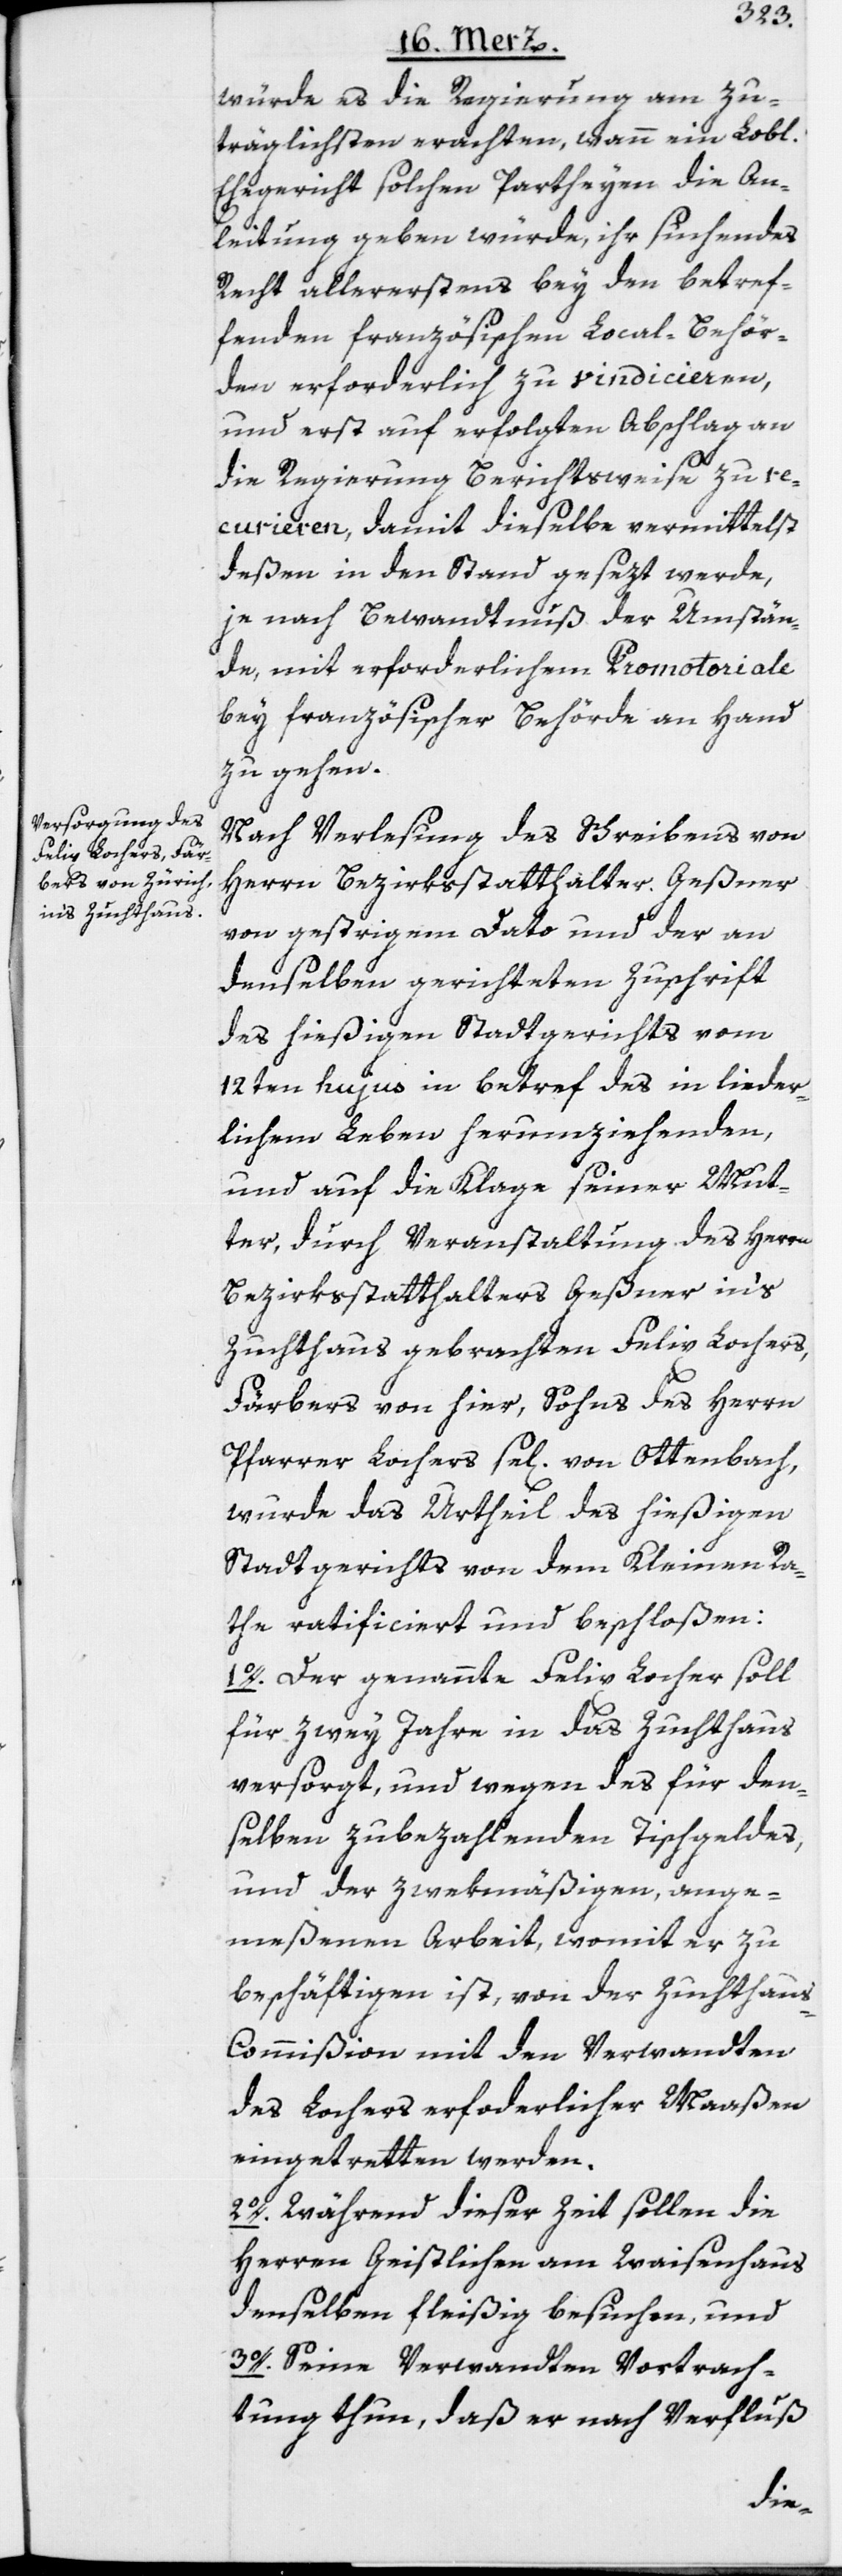
würde es die Regierung am Zu¬
träglichsten erachten, wann ein Lobl.
Ehegericht solchen Partheyen die An¬
leitung geben würde, ihr suchendes
Recht allererstens bey den betref¬
fenden französischen Local-Behör¬
den erforderlich zu vindicieren,
und erst auf erfolgten Abschlag an
die Regierung Berichtsweise zu re¬
curieren, damit dieselbe vermittelst
deßen in den Stand gesezt werde,
je nach Bewandtnuß der Umstän¬
de, mit erforderlichem Promotoriale
bey französischer Behörde an Hand
zu gehen.
Nach Verlesung des Schreibens von
Herrn Bezirksstatthalter Geßner
von gestrigem Dato und der an
denselben gerichteten Zuschrift
des hießigen Stadtgerichts vom
12ten hujus in betref des in lieder¬
lichem Leben herumziehenden,
und auf die Klage seiner Mut¬
ter, durch Veranstaltung des Herrn
Bezirksstatthalters Geßner in‘s
Zuchthaus gebrachten Felix Lochers,
Färbers von hier, Sohns des Herrn
Pfarrer Lochers se[lig] von Ottenbach,
wurde das Urtheil des hießigen
Stadtgerichts von dem Kleinen Ra¬
the ratificiert und beschloßen:
1o. Der genannte Felix Locher soll
für zwey Jahre in das Zuchthaus
versorgt, und wegen des für den¬
selben zubezahlenden Tischgeldes,
und der zwekmäßigen, ange¬
meßenen Arbeit, womit er zu
beschäftigen ist, von der Zuchthau¬
s-Commißion mit den Verwandten
des Lochers erforderlicher Maaßen
eingetretten werden.
2o. Während dieser Zeit sollen die
Herren Geistlichen am Waisenhaus
denselben fleißig besuchen, und
3o. Seine Verwandten Vortrach¬
tung thun, daß er nach Verfluß